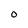
Character: 0